Sanitation, dispensaries and jails vaccination Rajputana 1922-1927 - 1922-1927
Year: 1922
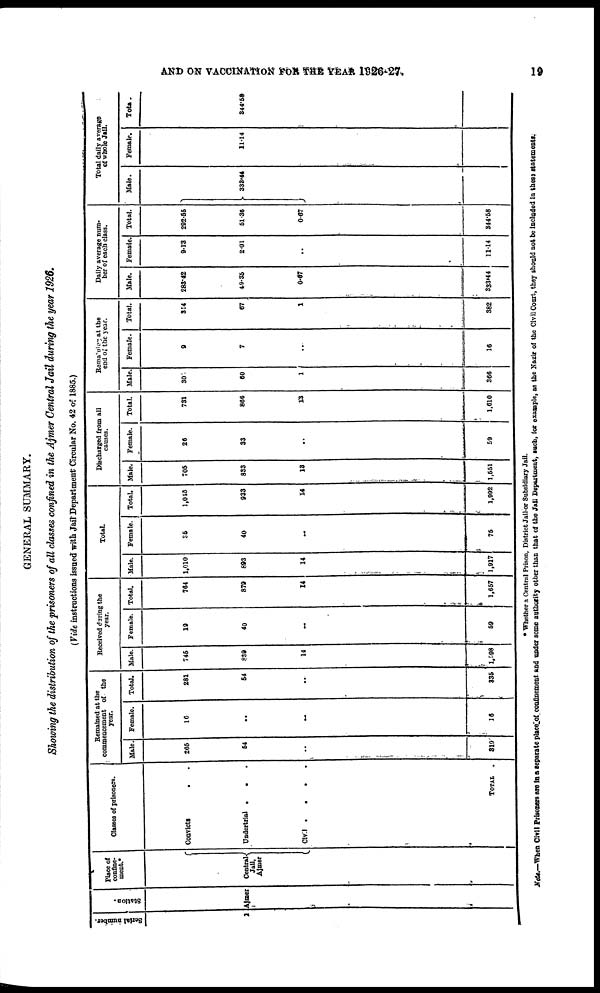
AND ON VACCINATION FOR THE YEAR 1926-27.
19
GENERAL SUMMARY.
Showing the distribution of the prisoners of all classes confined in the Ajmer Central Jail during the year 1926.
(Vide instructions issued with Jail Department Circular No. 42 of 1885.)
Serial number.
1
Station.
Ajmer
Place of
confine-
ment.*
Central
Jail,
Ajmer
Classes of prisoners.
Convicts . . .
Undertrial
.
.
Civil . . . .
TOTAL .
Remained at the
commencement of the
year.
Male.
265
54
..
319
Female.
16
..
..
16
Total.
281
54
..
335
Received during the
year.
Male.
745
839
14
1,598
Female.
19
40
..
59
Total.
764
879
14
1,657
Total
Male.
1,010
893
14
1,917
Female.
35
40
..
75
Total.
1,045
933
14
1,992
Discharged from all
causes.
Male.
705
833
13
1,551
Female.
26
33
..
59
Total.
731
866
13
1,610
Remaining at the
end of the year.
Male.
307
60
1
366
Female.
9
7
...
16
Total.
314
67
1
382
Daily average num-
ber of each class.
Male.
283.42
49.35
0.67
333.44
Female.
9.13
2.01
..
11.14
Total.
292.55
51.36
0.67
344.58
Total daily average
of whole Jail.
Male.
333.44
Female.
11.14
Total.
344.53
* Whether a Central Prison, District Jail or Subsidiary Jail.
Note.—When Civil Prisoners are in a separate place of confinement and under some authority other than that of the Jail Department, such, for example, as the Nazir of the Civil Court, they should not be included in these statements.